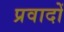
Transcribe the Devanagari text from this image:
प्रवादों